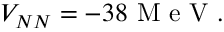
V _ { N N } = - 3 8 \mathrm { ~ M ~ e ~ V ~ } .